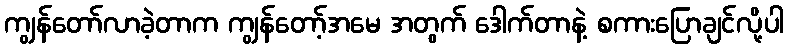
ကျွန်တော်လာခဲ့တာက ကျွန်တော့်အမေ အတွက် ဒေါက်တာနဲ့ စကားပြောချင်လို့ပါ